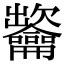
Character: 𪛐